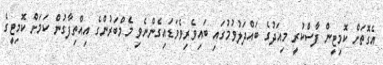
އެގޮތަށް ކޮމިޓީން ފާސްކުރީ މިއަދުގެ ބައްދަލުވުމުގައި ބައިވެރިވެވަޑައިގެންނެވި މެމްބަރުންގެ އިއްތިފާގުން ކަމަށް ކޮމިޓީގެ